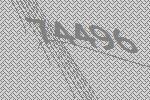
74496